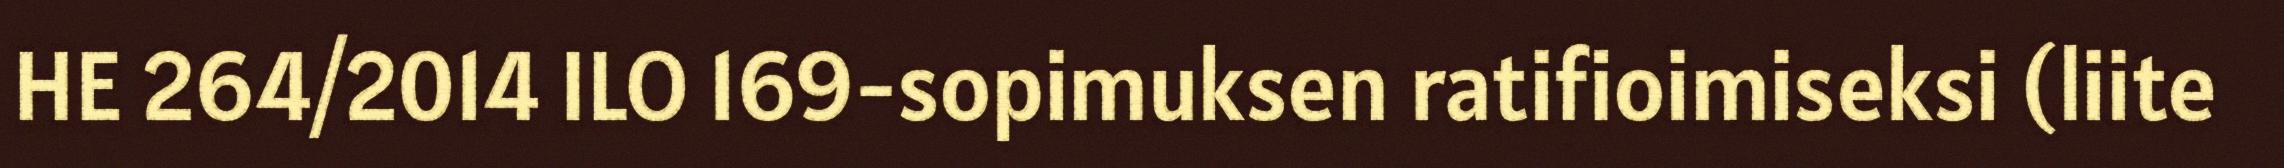
HE 264/2014 ILO 169-sopimuksen ratifioimiseksi (liite